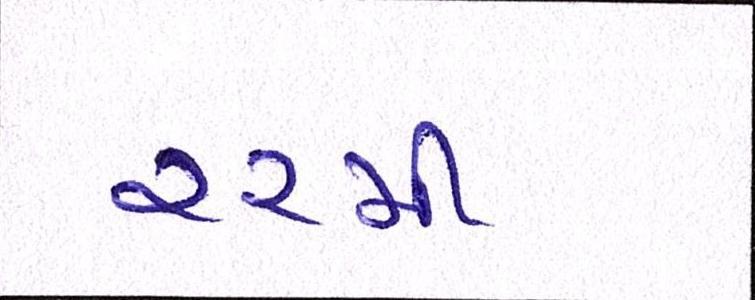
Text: ૨૨મી